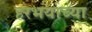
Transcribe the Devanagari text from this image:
हरभर्याच्या